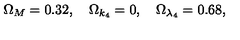
\Omega _ { M } = 0 . 3 2 , \quad \Omega _ { k _ { 4 } } = 0 , \quad \Omega _ { \lambda _ { 4 } } = 0 . 6 8 ,